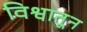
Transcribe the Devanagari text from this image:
विश्वातून